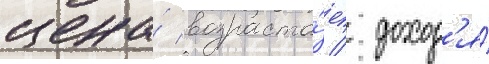
цена́ возраста́ет / доход'я́